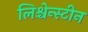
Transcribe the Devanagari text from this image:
लिश्चेन्स्टीन